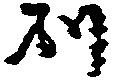
別